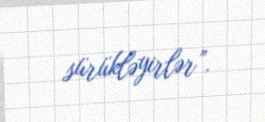
sürükləyirlər”.